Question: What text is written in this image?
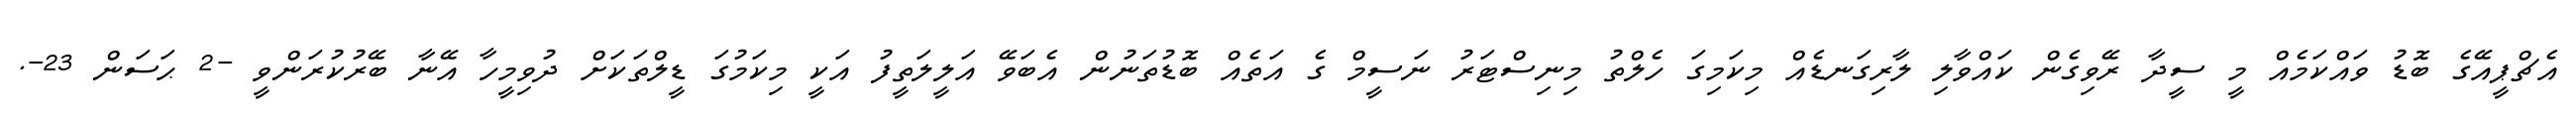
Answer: އެޗްޕީއޭގެ ބޮޑު ވައްކަމެއް މީ ސީދާ ރޭވިގެން ކައްވާލި ލާރިގަނޑެއް މިކަމިގަ ހެލްތު މިނިސްޓަރު ނަސީމް ގެ އަތެއް ބޮޑުތަނުން އެބަވޭ އަލީލަތީފު އަކީ މިކަމުގަ ޑީލްތަކަށް ދުވިމީހާ އޭނާ ބޭރުކުރަންވީ -2 ޙަސަން 23-.